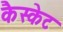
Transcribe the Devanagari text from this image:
कैस्केट